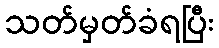
သတ်မှတ်ခံရပြီး